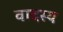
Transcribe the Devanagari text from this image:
वादस्य